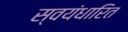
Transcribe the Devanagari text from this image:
स्वयंधारित